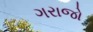
ગરાજો